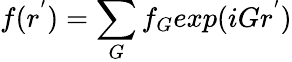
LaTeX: f(r^{'})=\sum_{G}f_{G}exp(iGr^{'})